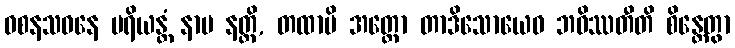
ဝစနသဝနေ ပရိယန္တံ နာမ နတ္ထိ, တထာပိ အတ္ထော တာဒိသောယေဝ ဘဝိဿတီတိ စိန္တေတွာ